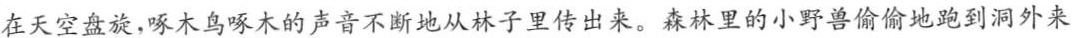
在天空盘旋，啄木鸟啄木的声音不断地从林子里传出来。森林里的小野兽偷偷地跑到洞外来